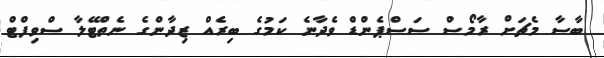
ބާސާ މެޗަށް ރާމޯސް ސަސްޕެންޑް ވެދާނެ ކަމުގެ ބިރެއް ޒިދާންގެ ނެތްޓޭލާ ސްވިފްޓް